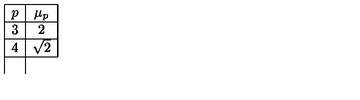
\begin{array} { | c | c | } \hline { p } & { \mu _ { p } } \\ \hline { { } { } 3 } & { 2 } \\ \hline { { } { } 4 } & { \sqrt { 2 } } \\ \hline { } \\ \end{array}